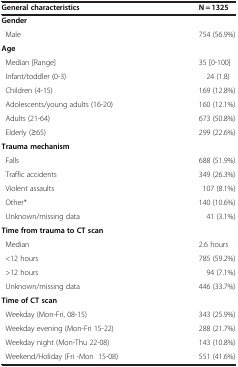
<table><thead><tr><td><b>General characteristics</b></td><td><b>N = 1325</b></td></tr></thead><tbody><tr><td><b>Gender</b></td><td> </td></tr><tr><td> Male</td><td>754 (56.9%)</td></tr><tr><td><b>Age</b></td><td> </td></tr><tr><td> Median [Range]</td><td>35 [0-100]</td></tr><tr><td> Infant/toddler (0-3)</td><td>24 (1.8)</td></tr><tr><td> Children (4-15)</td><td>169 (12.8%)</td></tr><tr><td> Adolescents/young adults (16-20)</td><td>160 (12.1%)</td></tr><tr><td> Adults (21-64)</td><td>673 (50.8%)</td></tr><tr><td> Elderly (≥65)</td><td>299 (22.6%)</td></tr><tr><td><b>Trauma mechanism</b></td><td> </td></tr><tr><td> Falls</td><td>688 (51.9%)</td></tr><tr><td> Traffic accidents</td><td>349 (26.3%)</td></tr><tr><td> Violent assaults</td><td>107 (8.1%)</td></tr><tr><td> Other*</td><td>140 (10.6%)</td></tr><tr><td> Unknown/missing data</td><td>41 (3.1%)</td></tr><tr><td><b>Time from trauma to CT scan</b></td><td> </td></tr><tr><td> Median</td><td>2.6 hours</td></tr><tr><td> &lt;12 hours</td><td>785 (59.2%)</td></tr><tr><td> &gt;12 hours</td><td>94 (7.1%)</td></tr><tr><td> Unknown/missing data</td><td>446 (33.7%)</td></tr><tr><td><b>Time of CT scan</b></td><td> </td></tr><tr><td> Weekday (Mon-Fri, 08-15)</td><td>343 (25.9%)</td></tr><tr><td> Weekday evening (Mon-Fri 15-22)</td><td>288 (21.7%)</td></tr><tr><td> Weekday night (Mon-Thu 22-08)</td><td>143 (10.8%)</td></tr><tr><td> Weekend/Holiday (Fri -Mon 15-08)</td><td>551 (41.6%)</td></tr></tbody></table>